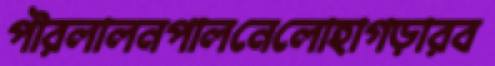
পৗরলালনপালনেলোহাগড়ারব